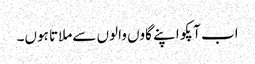
اب آپکو اپنے گاوں والوں سےملاتا ہوں۔